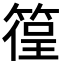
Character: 𥰈